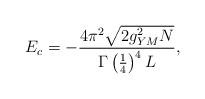
LaTeX: \begin{align*}E_c = -\frac{4\pi^2 \sqrt{2g_{YM}^2 N}}{\Gamma\left( \frac{1}{4}\right)^4 L},\end{align*}